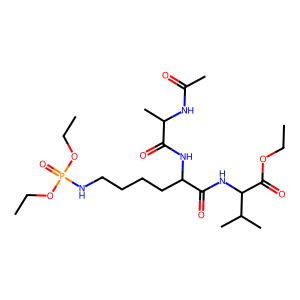
SMILES: CCOC(=O)C(NC(=O)C(CCCCNP(=O)(OCC)OCC)NC(=O)C(C)NC(C)=O)C(C)C
Inhibits HIV replication: No